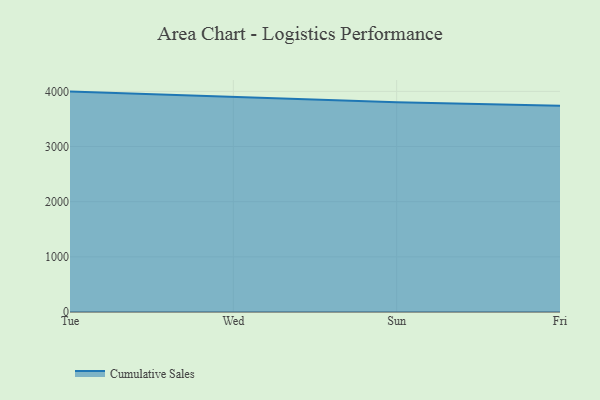
{"axis": {"x": "Day", "y": "Satisfaction Score"}, "legend": ["Cumulative Sales"], "data": [{"x": "Tue", "y": 3995.4, "type": "Cumulative Sales"}, {"x": "Wed", "y": 3899.9, "type": "Cumulative Sales"}, {"x": "Sun", "y": 3804.2, "type": "Cumulative Sales"}, {"x": "Fri", "y": 3739.2, "type": "Cumulative Sales"}]}